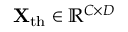
\mathbf { X } _ { \mathrm { t h } } \in \mathbb { R } ^ { C \times D }